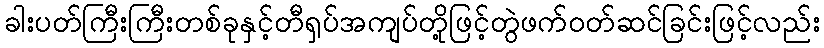
ခါးပတ်ကြီးကြီးတစ်ခုနှင့်တီရှပ်အကျပ်တို့ဖြင့်တွဲဖက်ဝတ်ဆင်ခြင်းဖြင့်လည်း